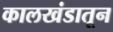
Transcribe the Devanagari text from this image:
कालखंडातून